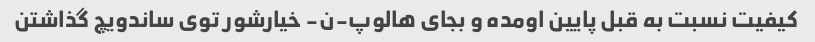
کیفیت نسبت به قبل پایین اومده و بجای هالوپ-ن- خیارشور توی ساندویچ گذاشتن